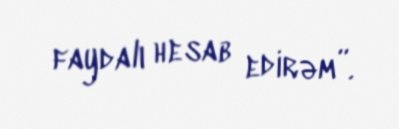
faydalı hesab edirəm”.